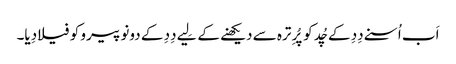
اَب اُسنے دِدِ کے چُد کو پُرِ ترہ سے دیکھنے کے لِیے دِدِ کے دونو پیرو کو فیلا دِیا۔